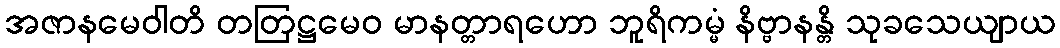
အဇာနမေဝါတိ တတြဋ္ဌမေဝ မာနတ္တာရဟော ဘူရိကမ္မံ နိဗ္ဗာနန္တိ သုခသေယျာယ